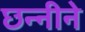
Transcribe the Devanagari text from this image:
छन्नीने